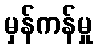
မှန်ကန်မှု